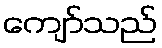
ကျော်သည်